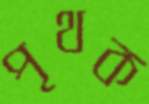
পৃথক